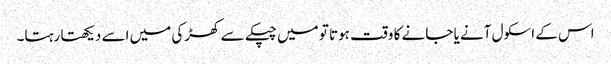
اس کے اسکول آنے یا جانے کا وقت ہوتا تو میں چپکے سے کھڑکی میں اسے دیکھتا رہتا۔